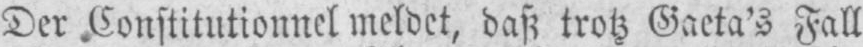
Der Constitutionnel meldet, daß trotz Gaeta’s Fall